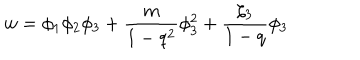
w = \phi _ { 1 } \phi _ { 2 } \phi _ { 3 } + \frac { m } { 1 - q ^ { 2 } } \phi _ { 3 } ^ { 2 } + \frac { \zeta _ { 3 } } { 1 - q } \phi _ { 3 }